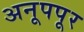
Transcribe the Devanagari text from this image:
अनूपपूर